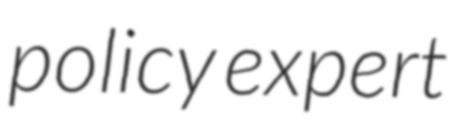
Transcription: policy expert